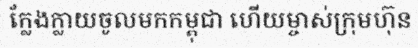
ក្លែងក្លាយចូលមកកម្ពុជា ហើយម្ចាស់ក្រុមហ៊ុន